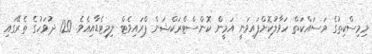
މިމިސްކިތުގެ މަސައްކަތް ހަވާލުކޮށްފައިވަނީ އަމީން ކޮންސްޓްރަކްޝަން ޕްރައިވެޓް ލިމިޓެޑާއިއެވެ. 120 ދުވަހުގެ ތެރޭގައި